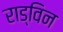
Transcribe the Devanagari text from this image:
राड्विन